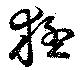
猛